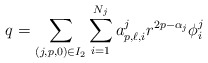
\begin{align*}q= \sum_{(j,p,0) \in I_{2}} \sum_{i=1}^{N_j} a^j_{p,\ell,i} r^{2p-\alpha_j}\phi^j_{i} \end{align*}